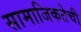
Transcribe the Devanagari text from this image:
सामाजिकतेची